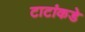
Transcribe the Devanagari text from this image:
टाटांकडे